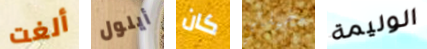
ألغت أيلول كان مخيلتي الوليمة